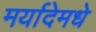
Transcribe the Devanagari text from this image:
मर्यादेमधे